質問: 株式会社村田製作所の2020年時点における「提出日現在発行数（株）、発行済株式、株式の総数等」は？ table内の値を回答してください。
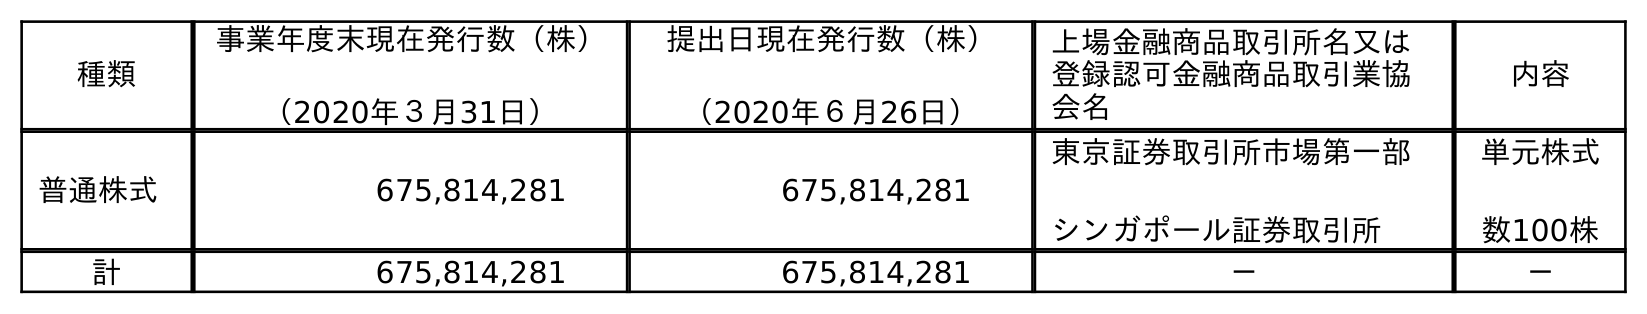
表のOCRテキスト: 種類 事業年度末現在発行数（株） （2020年３月31日） 提出日現在発行数（株） （2020年６月26日） 上場金融商品取引所名又は 登録認可金融商品取引業協 会名 内容 普通株式 675,814,281 675,814,281 東京証券取引所市場第一部 シンガポール証券取引所 単元株式 数100株 計 675,814,281 675,814,281 － －
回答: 675,814,281